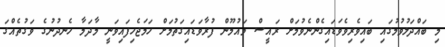
މި ބައްދަލުވުމުގައި ބައިވެރިވެވަޑައިގެންނެވުމަށް ރައީސް މައުމޫން ފުރާވަޑައިގަތުމަށް ހަމަޖެހިފައިވަނީ މާދަމާ ހެނދުނުގެ ވަގުތެއްގަ